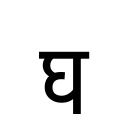
OCR:
घ